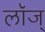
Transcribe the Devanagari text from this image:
लॉज्